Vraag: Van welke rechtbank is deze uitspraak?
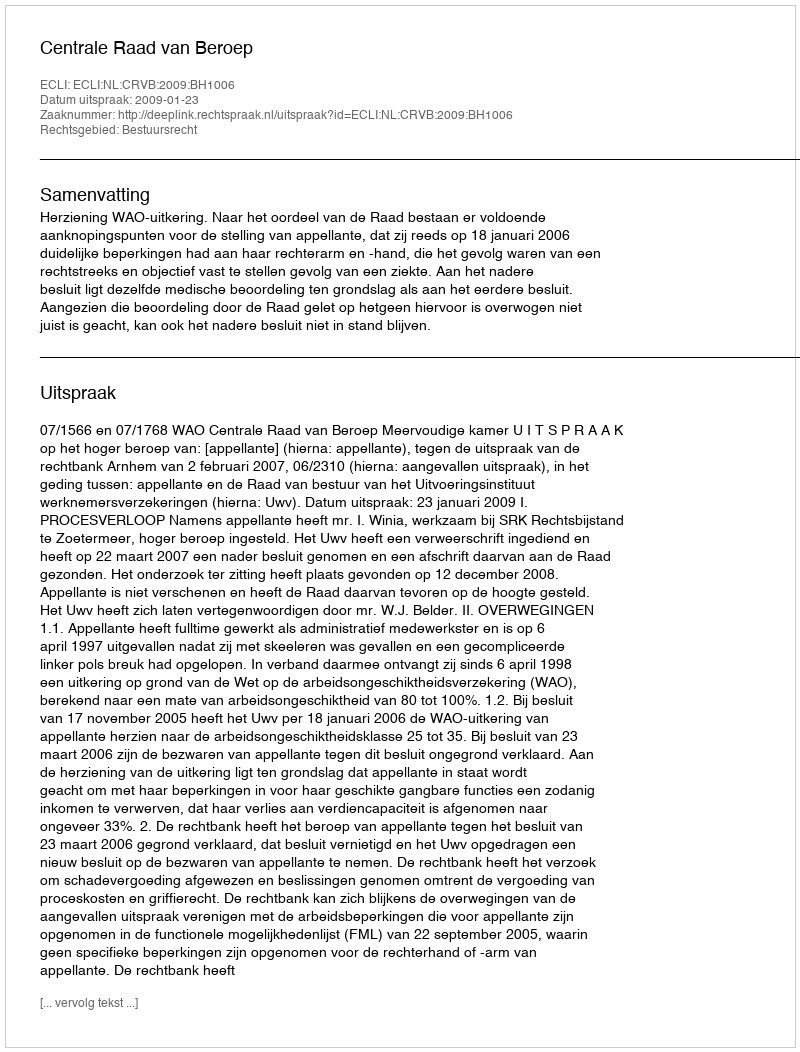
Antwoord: Centrale Raad van Beroep